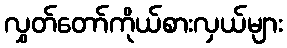
လွှတ်တော်ကိုယ်စားလှယ်များ